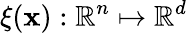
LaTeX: \xi(\mathbf{x}):\mathbb{R}^{n}\mapsto\mathbb{R}^{d}